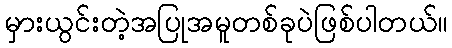
မှားယွင်းတဲ့အပြုအမူတစ်ခုပဲဖြစ်ပါတယ်။